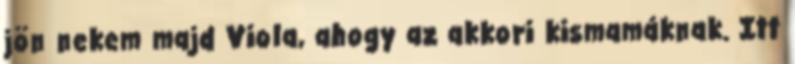
jön nekem majd Viola, ahogy az akkori kismamáknak. Itt